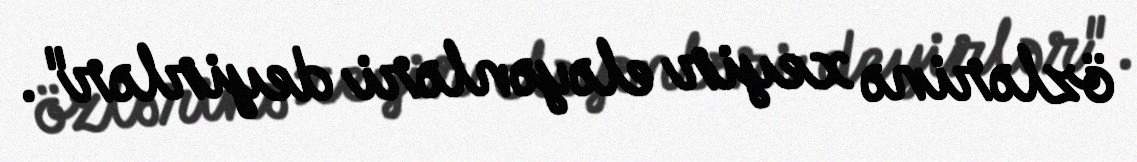
özlərinə xeyir eləyənləri deyirlər".